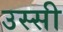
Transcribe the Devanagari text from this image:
उस्सी